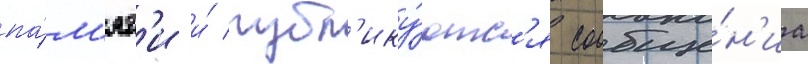
па́м'ят'и и́ публ'ику́ютс'я сообще́н'иа